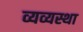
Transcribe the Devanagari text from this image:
व्यव्यस्था